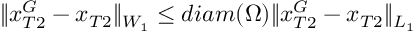
\| x _ { T 2 } ^ { G } - x _ { T 2 } \| _ { W _ { 1 } } \leq d i a m ( \Omega ) \| x _ { T 2 } ^ { G } - x _ { T 2 } \| _ { L _ { 1 } }